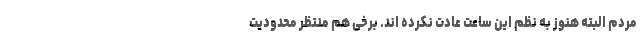
مردم البته هنوز به نظم این ساعت عادت نکرده اند. برخی هم منتظر محدودیت